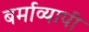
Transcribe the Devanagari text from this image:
बर्माव्यापी